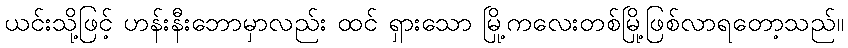
ယင်းသို့ဖြင့် ဟန်းနီးဘောမှာလည်း ထင် ရှားသော မြို့ကလေးတစ်မြို့ဖြစ်လာရတော့သည်။